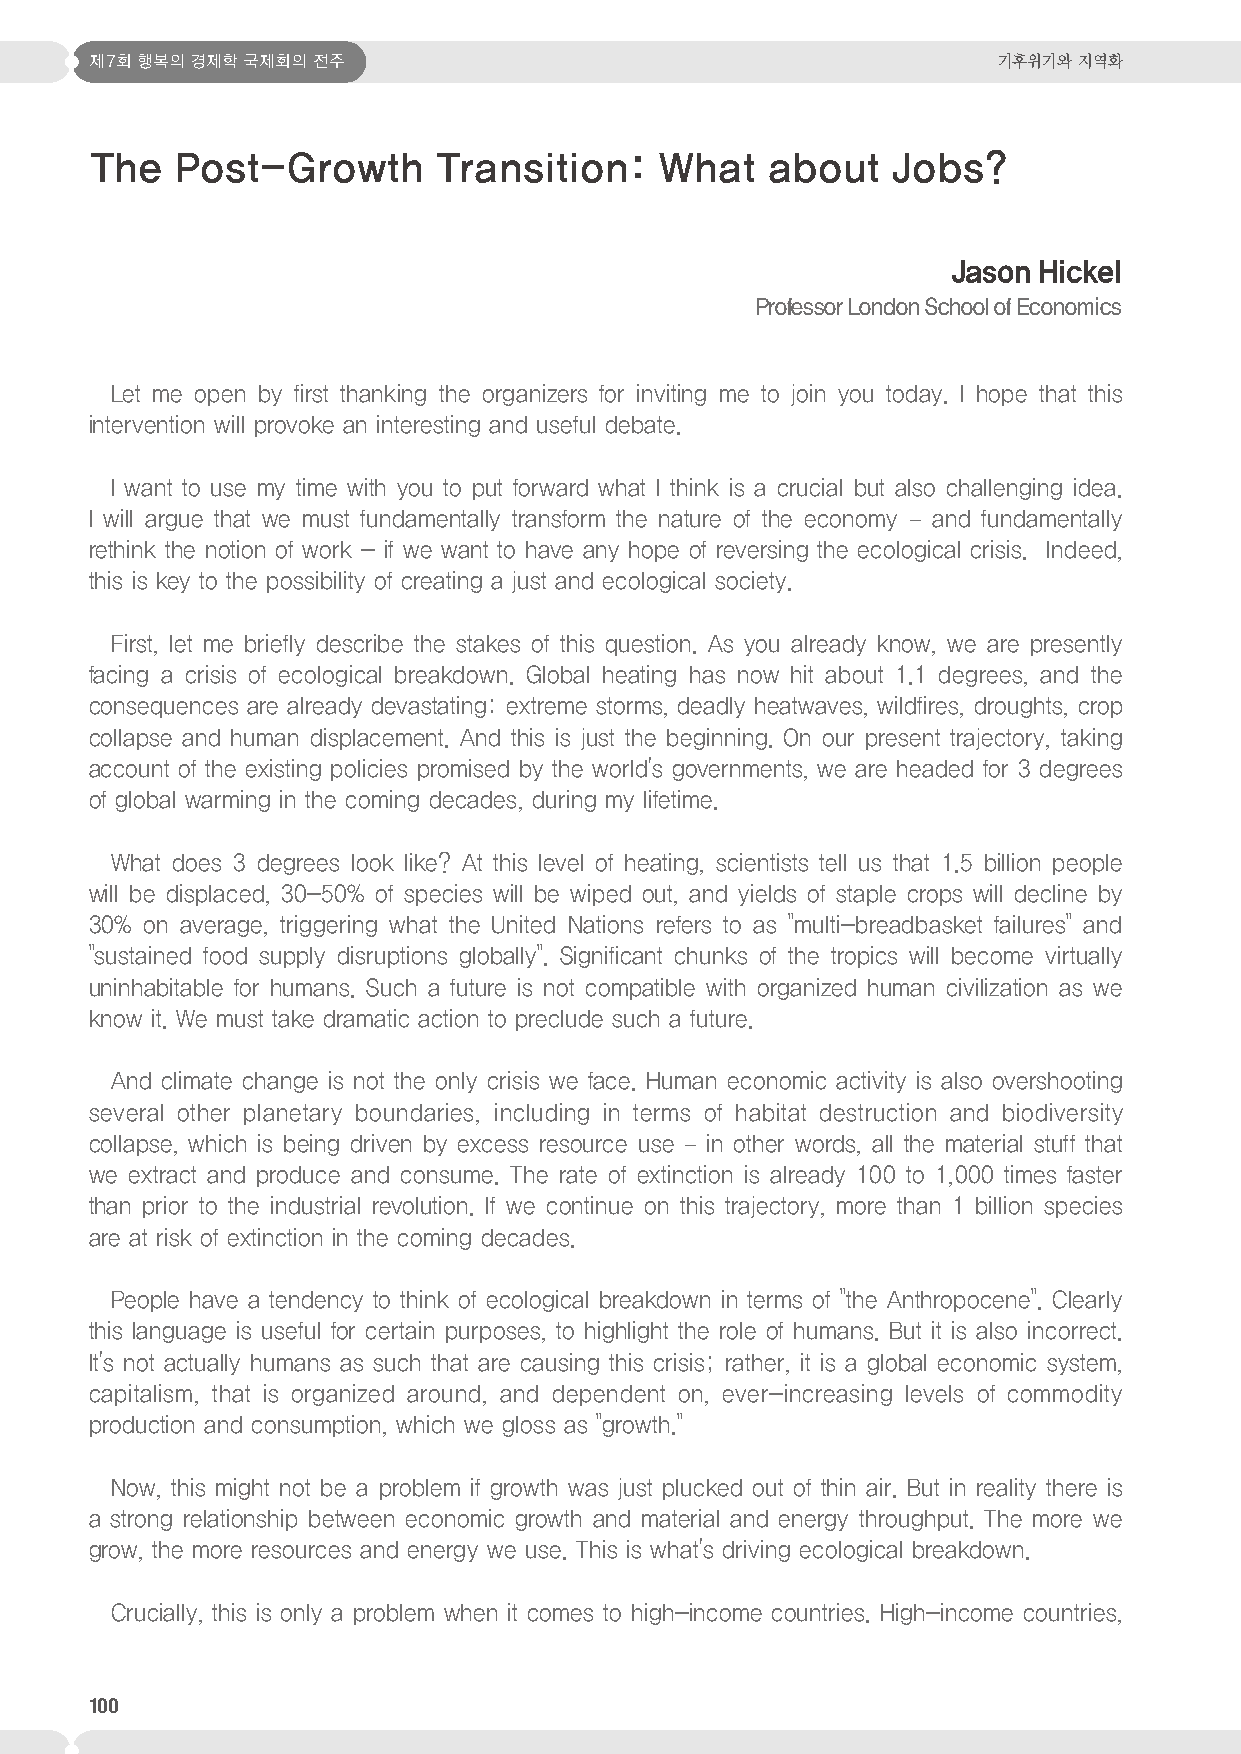
제7회 행복의 경제학 국제회의 전주                                         기후위기와 지역화
 The   Post-Growth      Transition:    What   about   Jobs?
 Jason Hickel
 Professor London School of Economics
 Let me open by first thanking the organizers for inviting me to join you today. I hope that this
 intervention will provoke an interesting and useful debate.
 I want to use my time with you to put forward what I think is a crucial but also challenging idea.
 I will argue that we must fundamentally transform the nature of the economy – and fundamentally
 rethink the notion of work - if we want to have any hope of reversing the ecological crisis. Indeed,
 this is key to the possibility of creating a just and ecological society.
 First, let me briefly describe the stakes of this question. As you already know, we are presently
 facing a crisis of ecological breakdown. Global heating has now hit about 1.1 degrees, and the
 consequences are already devastating: extreme storms, deadly heatwaves, wildfires, droughts, crop
 collapse and human displacement. And this is just the beginning. On our present trajectory, taking
 account of the existing policies promised by the world's governments, we are headed for 3 degrees
 of global warming in the coming decades, during my lifetime.
 What does 3 degrees look like? At this level of heating, scientists tell us that 1.5 billion people
 will be displaced, 30-50% of species will be wiped out, and yields of staple crops will decline by
 30% on average, triggering what the United Nations refers to as "multi-breadbasket failures" and
 "sustained food supply disruptions globally". Significant chunks of the tropics will become virtually
 uninhabitable for humans. Such a future is not compatible with organized human civilization as we
 know it. We must take dramatic action to preclude such a future.
 And climate change is not the only crisis we face. Human economic activity is also overshooting
 several other planetary boundaries, including in terms of habitat destruction and biodiversity
 collapse, which is being driven by excess resource use – in other words, all the material stuff that
 we extract and produce and consume. The rate of extinction is already 100 to 1,000 times faster
 than prior to the industrial revolution. If we continue on this trajectory, more than 1 billion species
 are at risk of extinction in the coming decades.
 People have a tendency to think of ecological breakdown in terms of "the Anthropocene". Clearly
 this language is useful for certain purposes, to highlight the role of humans. But it is also incorrect.
 It's not actually humans as such that are causing this crisis; rather, it is a global economic system,
 capitalism, that is organized around, and dependent on, ever-increasing levels of commodity
 production and consumption, which we gloss as "growth."
 Now, this might not be a problem if growth was just plucked out of thin air. But in reality there is
 a strong relationship between economic growth and material and energy throughput. The more we
 grow, the more resources and energy we use. This is what's driving ecological breakdown.
 Crucially, this is only a problem when it comes to high-income countries. High-income countries,
 100